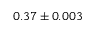
0 . 3 7 \pm 0 . 0 0 3